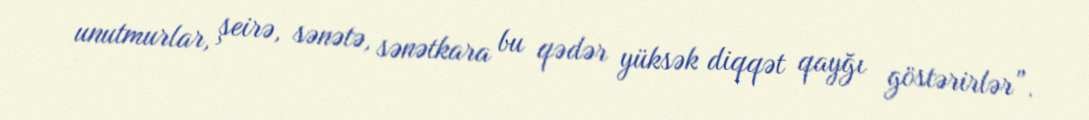
unutmurlar, şeirə, sənətə, sənətkara bu qədər yüksək diqqət qayğı göstərirlər”.